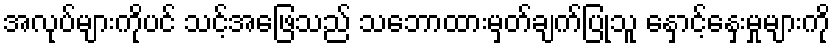
အလုပ်များကိုပင် သင့်အဖြေသည် သဘောထားမှတ်ချက်ပြုသူ နှောင့်နှေးမှုများကို